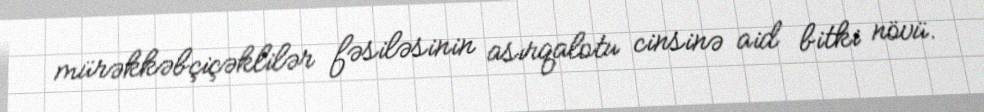
mürəkkəbçiçəklilər fəsiləsinin asırqalotu cinsinə aid bitki növü.